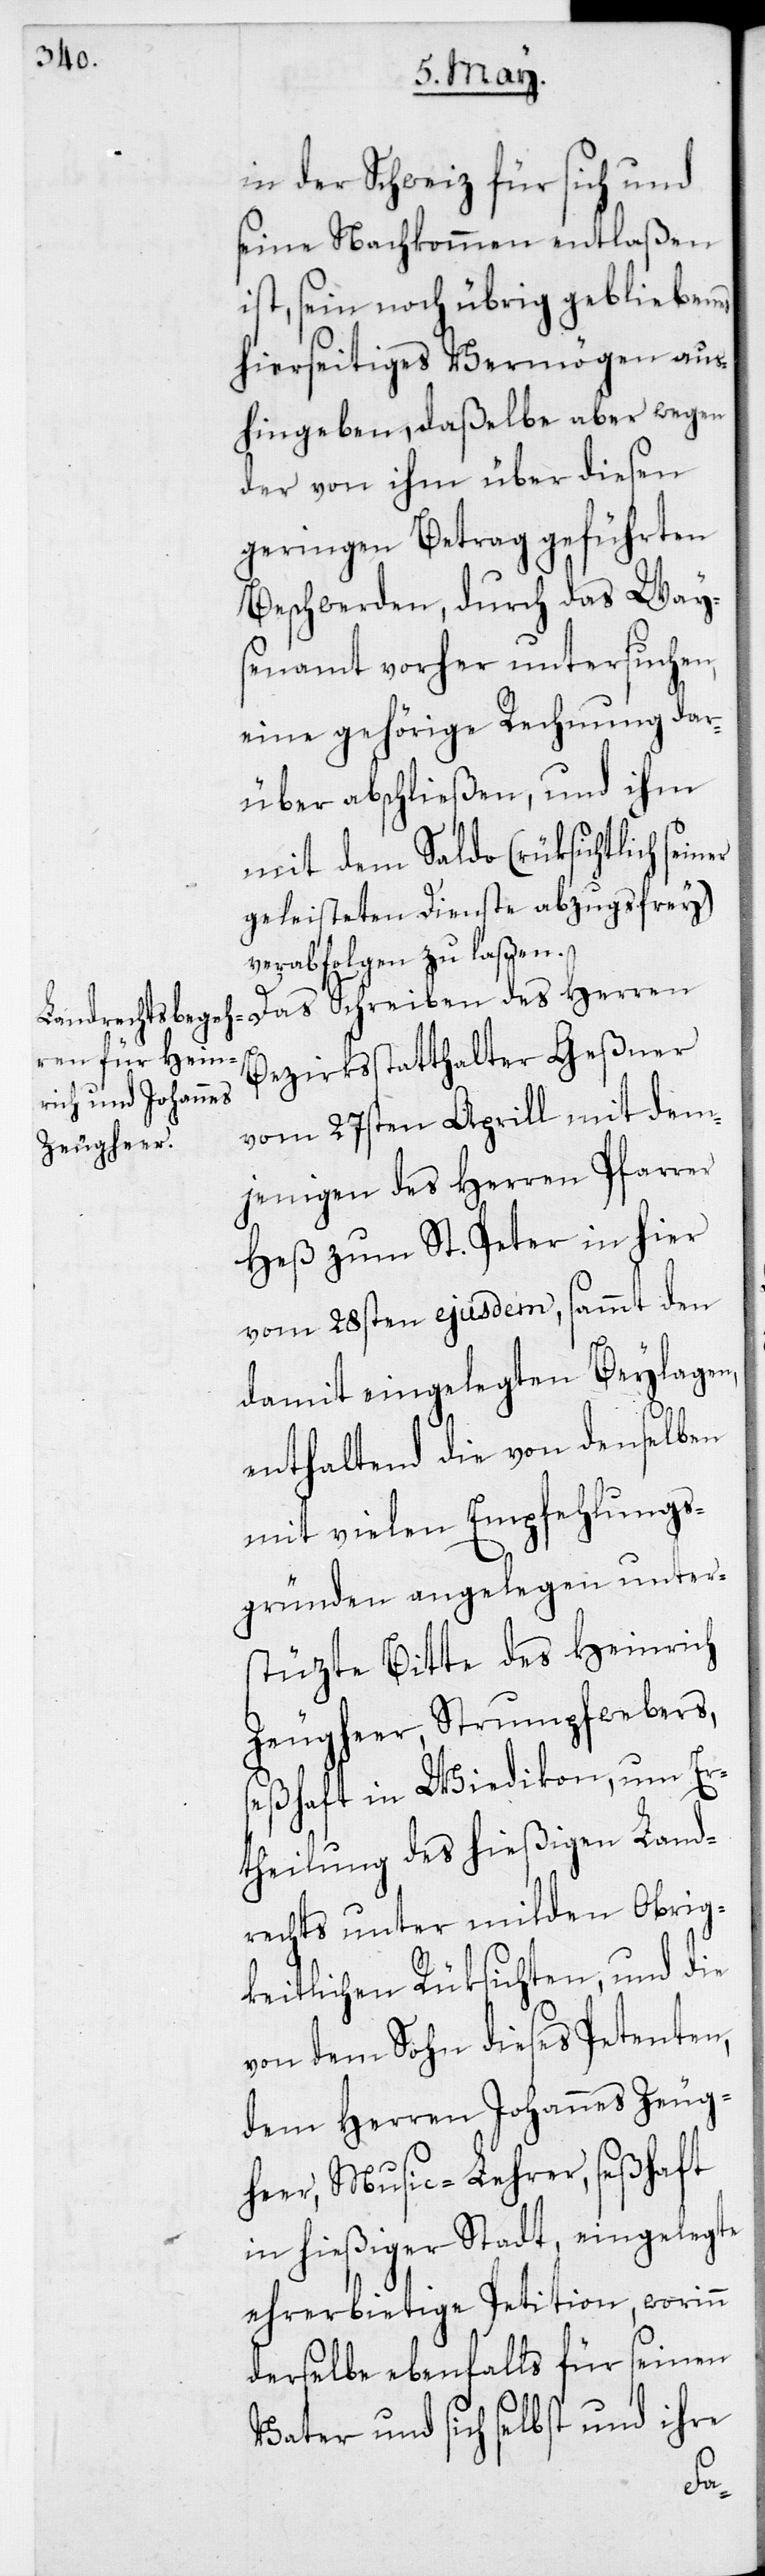
in der Schweiz für sich und
seine Nachkommen entlaßen
ist, sein noch übrig gebliebenes
hierseitiges Vermögen aus¬
hingeben, daßelbe aber wegen
der von ihm über diesen
geringen Betrag geführten
Beschwerden, durch das Way¬
senamt vorher untersuchen,
eine gehörige Rechnung dar¬
über abschließen, und ihm
mit dem Saldo (rüksichtlich
geleisteten Dienste abzugfrey)
verabfolgen zu laßen.
Das Schreiben des Herren
Bezirksstatthalter Geßner
vom 27sten Aprill mit dem¬
jenigen des Herren Pfarrer
Heß zum St. Peter in hier
vom 28sten ejusdem, sammt den
damit eingelegten Beylagen,
enthaltend die von denselben
mit vielen Empfehlungs¬
gründen angelegen unter¬
stüzte Bitte des Heinrich
Zeugheer, Strumpfwebers,
seßhaft in Wiedikon, um Er¬
theilung des hießigen Land¬
rechts unter milden Obrig¬
keitlichen Rüksichten, und die
von dem Sohn dieses Petenten,
dem Herren Johannes Zeug¬
heer, Music-Lehrer, seßhaft
in hießiger Stadt, eingelegte
ehrerbietige Petition, worinn
derselbe ebenfalls für seinen
Vater und sich selbst und ihre